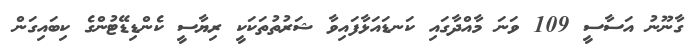
ގާނޫނު އަސާސީ 109 ވަނަ މާއްދާގައި ކަނޑައަޅާފައިވާ ޝަރުތުތަކަކީ ރިޔާސީ ކެންޑިޑޭޓުންގެ ކިބައިގަން